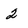
Character: 2